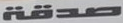
صدقة